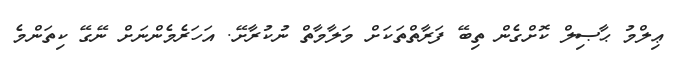
ޢިލްމު ޙާޞިލް ކޮށްގެން ތިބޭ ފަރާތްތަކަށް މަލާމާތް ނުކުރާށޭ. އަހަރެމެންނަށް ނޭގޭ ކިތަންމެ